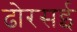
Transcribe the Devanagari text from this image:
ढोरसई